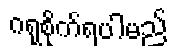
ဂရုစိုက်ရပါမည်